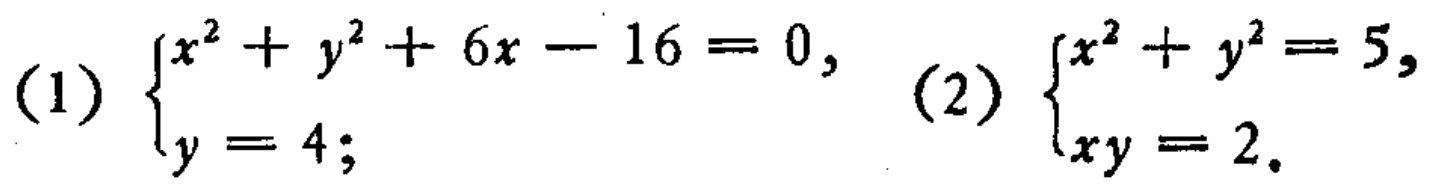
(1) $\begin{cases}x^{2}+y^{2}+6x - 16 = 0,\\y = 4;\end{cases}$ (2) $\begin{cases}x^{2}+y^{2}=5,\\xy = 2.\end{cases}$